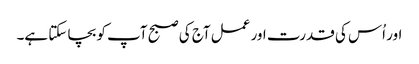
اور اُس کی قدرت اور عمل آج کی صبح آپ کو بچا سکتا ہے۔